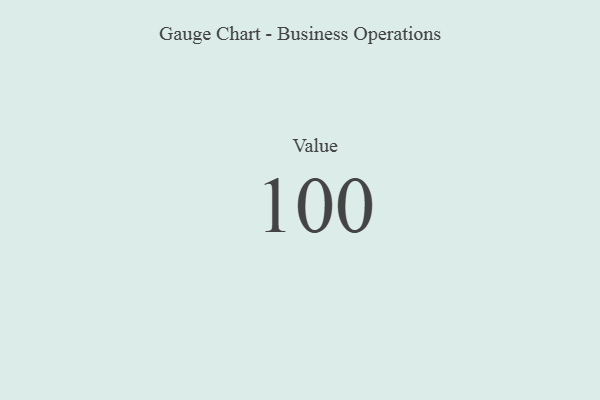
{"axis": {"x": "Metric", "y": "Value"}, "legend": [""], "data": [{"x": "Value", "y": 100, "type": ""}]}